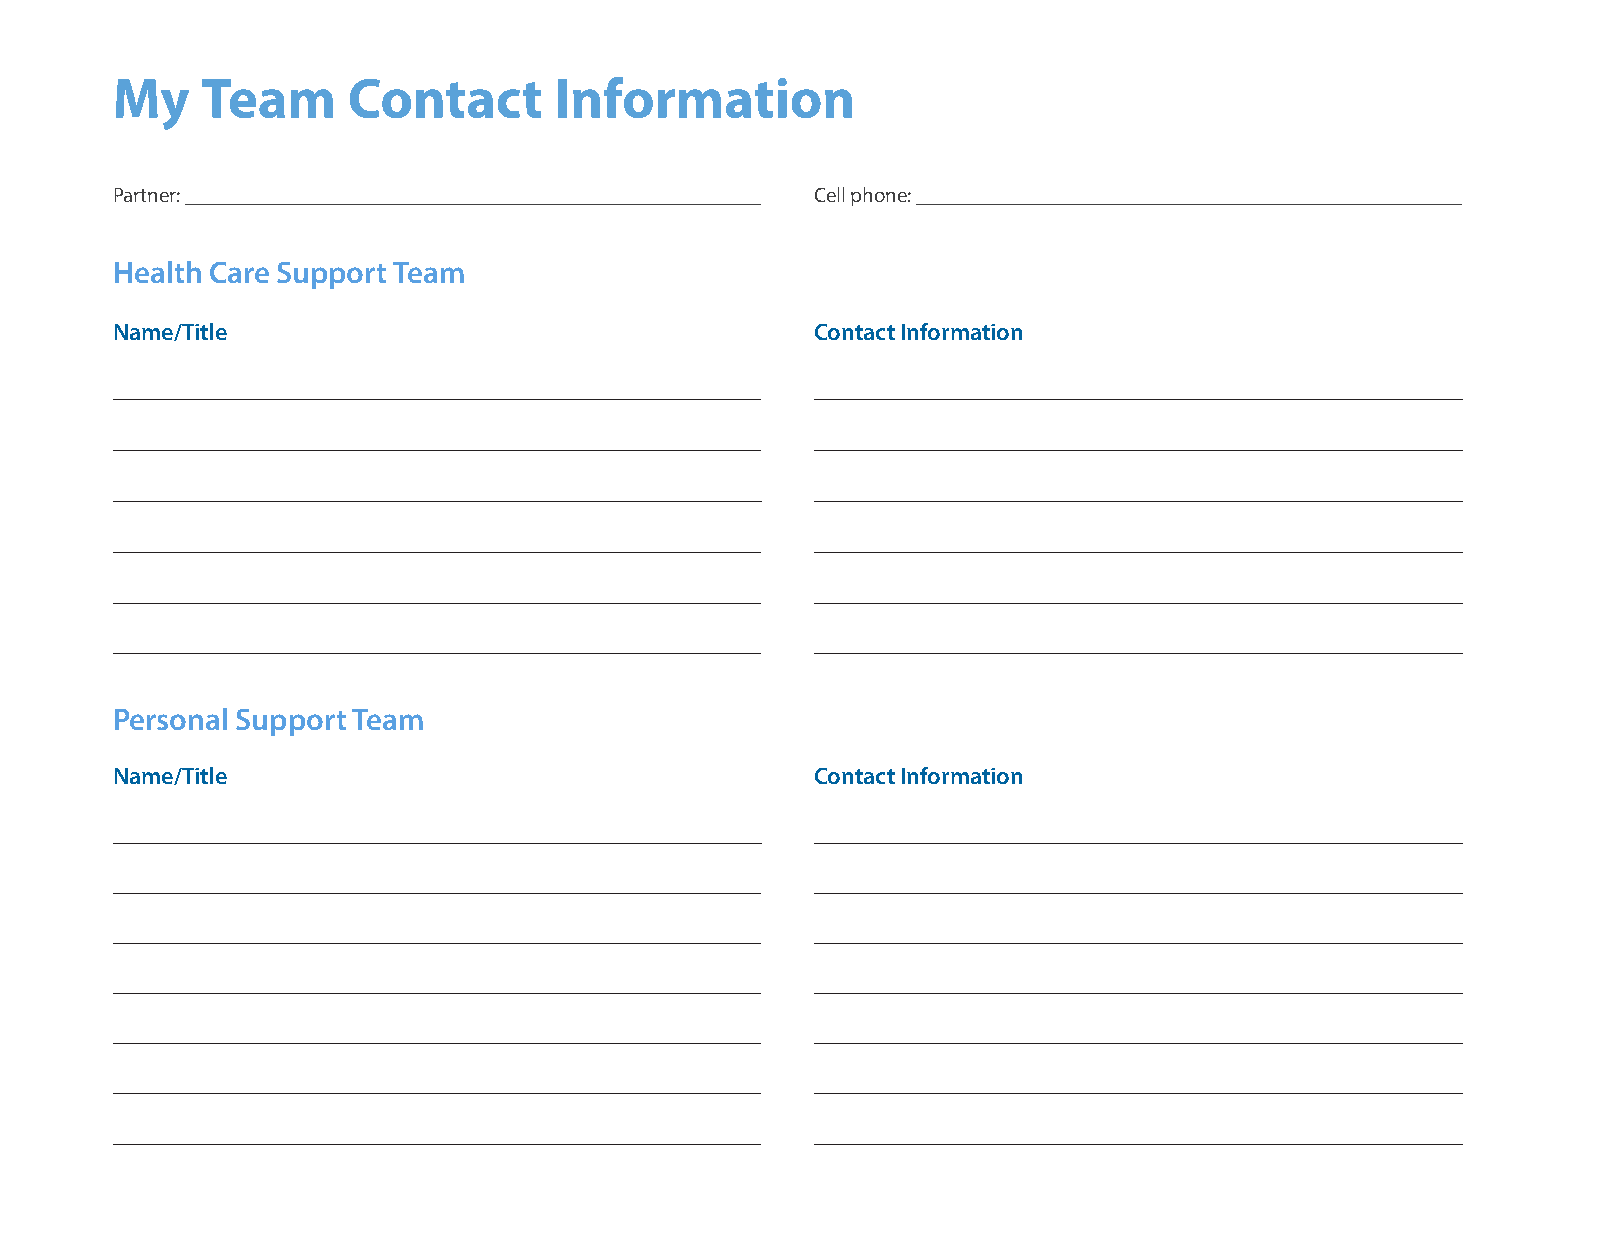
My    Team      Contact       Information
 Partner:                                       Cell phone:
 Health Care Support Team
 Name/Title                                     Contact Information
 Personal Support Team
 Name/Title                                     Contact Information